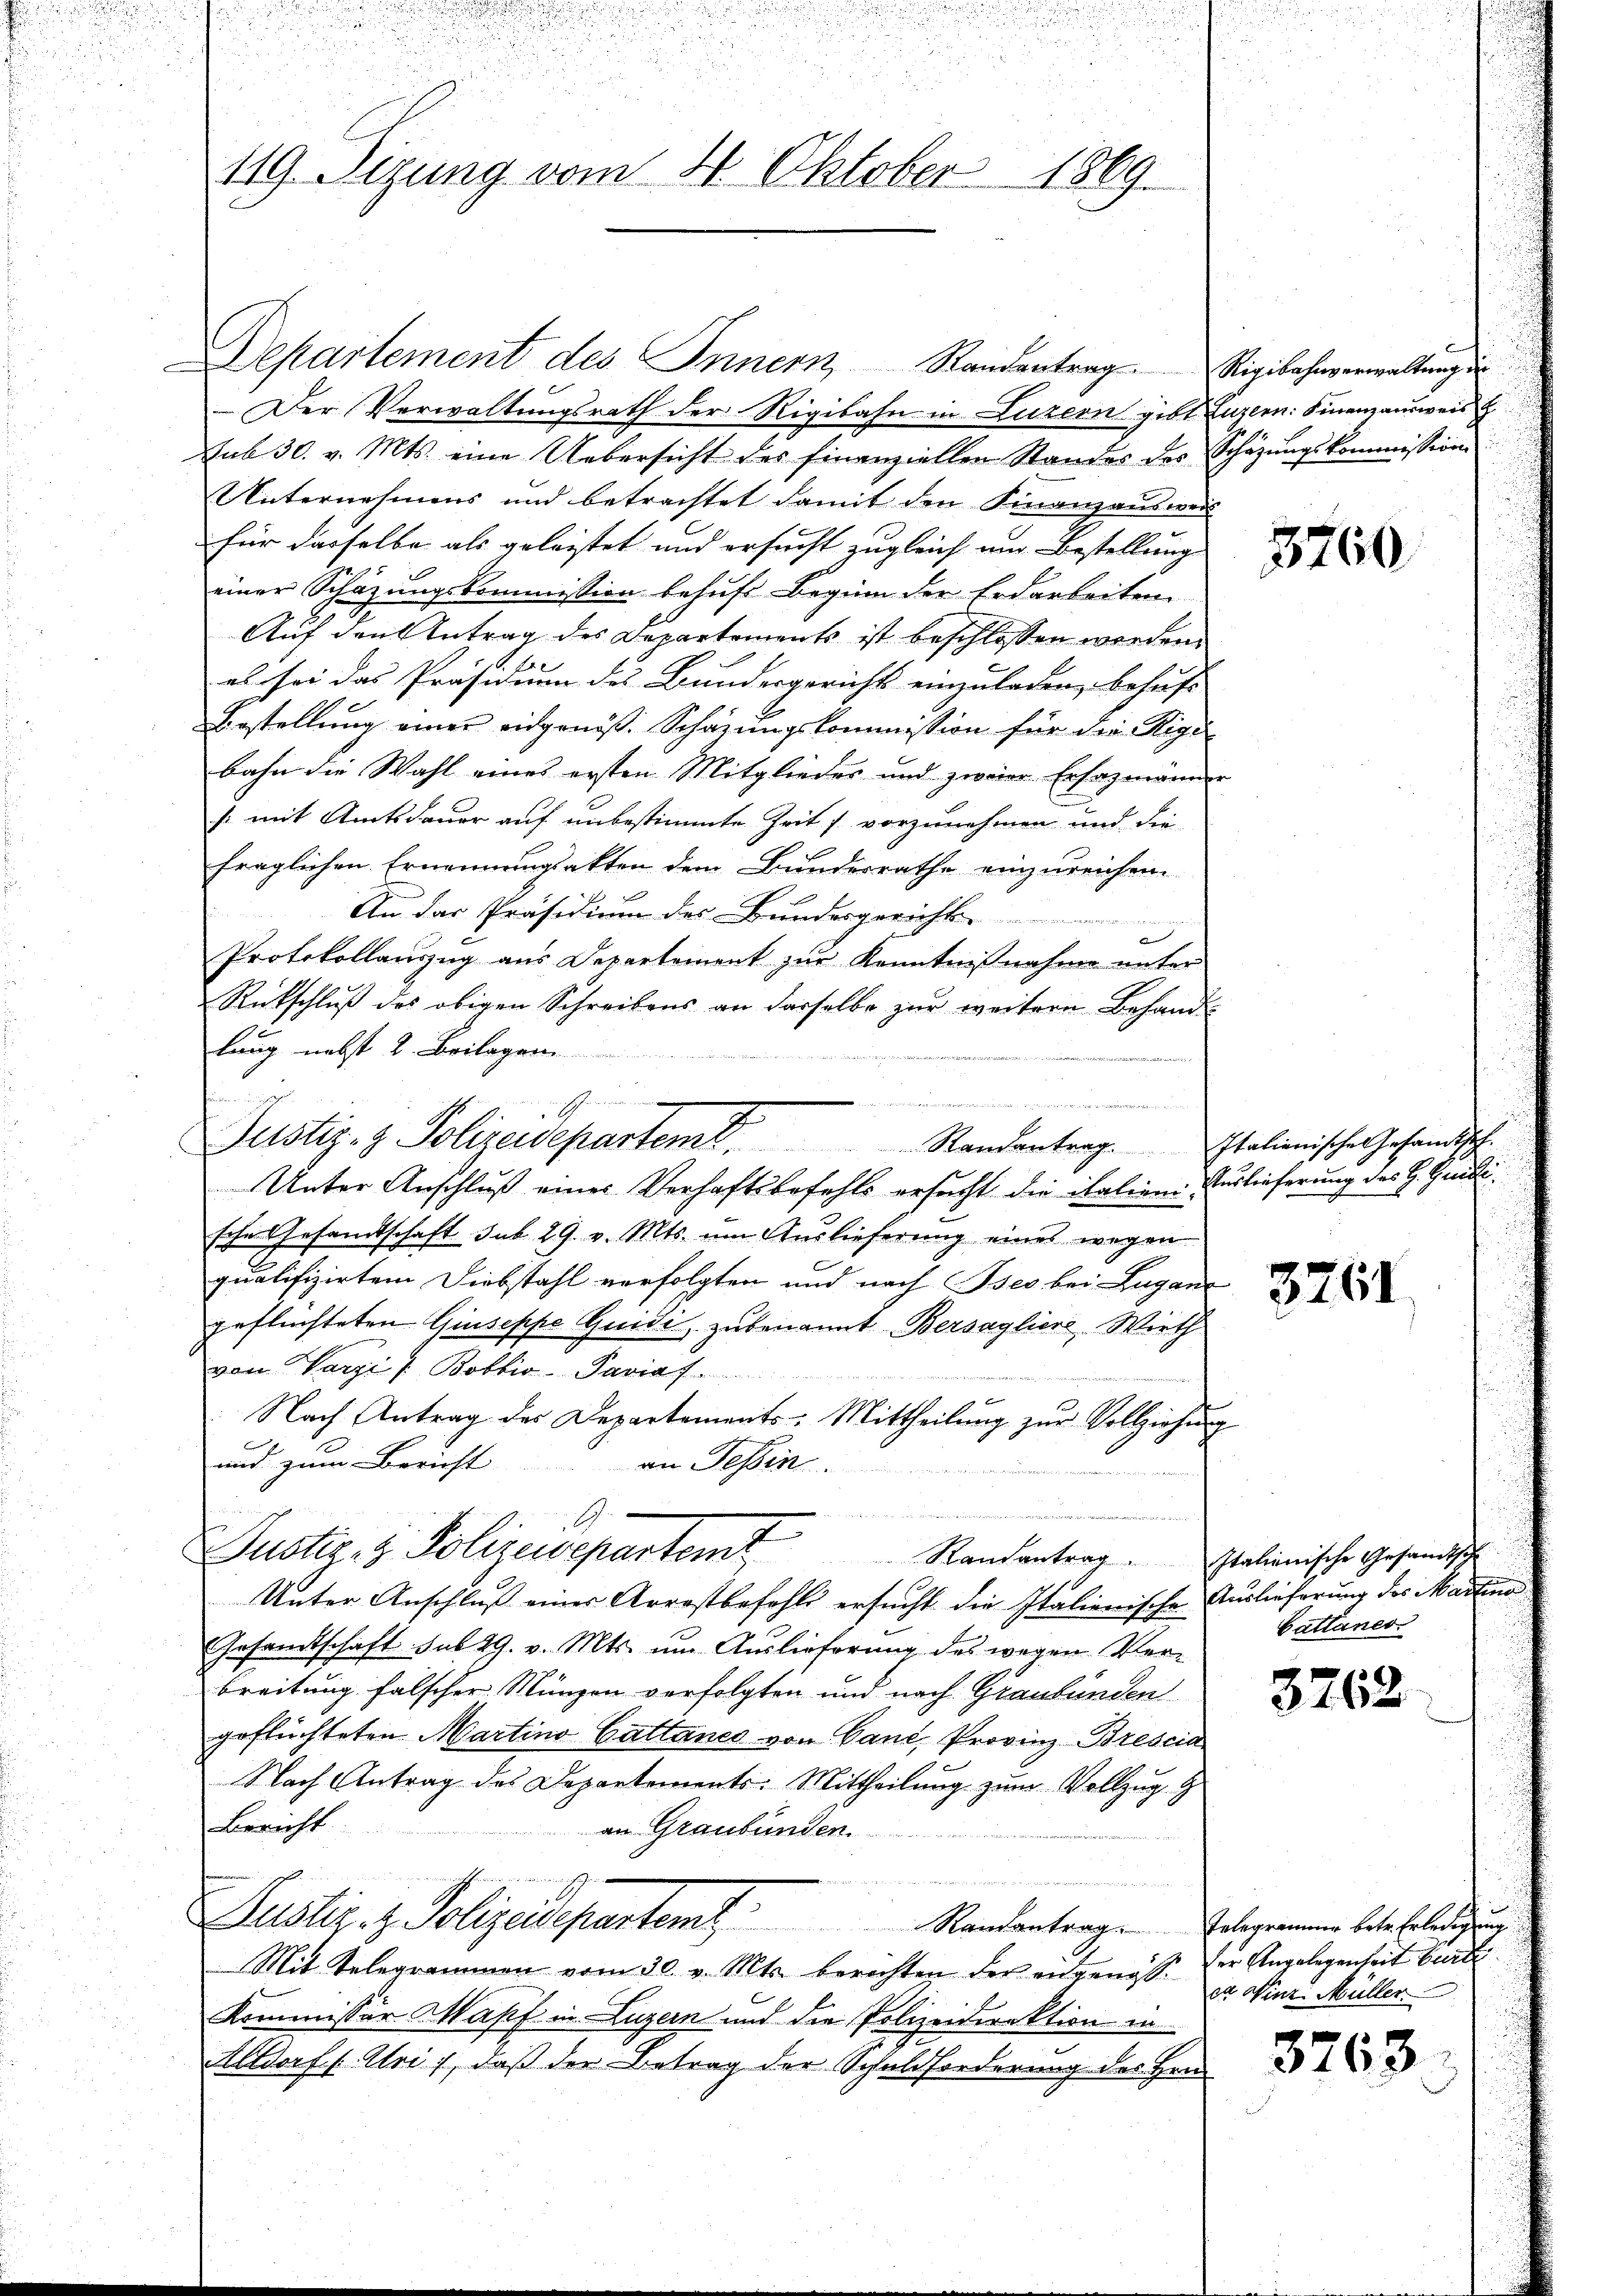
ihn und die in
d

i
119. Sizung vom 2. Oktober 1869.

Departement des Innern Randentrag. Rigibahnverwaltung in
Der Verwaltungsrath der Rigibahn in Luzern gibt Luzern: Finanzausweis
sub 30. v. Mts. eine Uebersicht des finanziellen Standes des Schäzungskommission
Unternehmens und betrachtet damit den Finanzauswei
für dasselbe als geleistet und ersucht zugleich und Bestellung
einer Schazungskommission behufs Beginn der Erdarbeiten
Auf den Antrag des Departements ist beschlossen werden.
es sei das Präsidium des Bundesgericht einzuladen, behufe
Bestellung einer eidgenöss. Schazungskommission für die Rigi-
bahn die Wahl eines ersten Mitglieder und zweier Ersazmänner
/: mit Amtsdauer auf unbestimmte Zeit s. vorzunehmen und die
fraglichen Ernennungsakten dem Bundesrathe einzureichen.
An das Präsidium des Bundesgericht
2
Protokollauszug aus Departement zur Kenntnißnahme unter
Rückschluß des obigen Schreibens an derselbe zur weitere Behandl
lung nebst 2. Beilagen.

Justiz- & Polizeidepartemb. Randantrag. Italienischen Gesandtsch.
Unter Anschluß eines Verhaftsbefehls ersucht die italien Auslieferung des H. Gendische Gesamtschaft sub 29. v. Mts. um Auslieferung eines wegen
qualifizirtem Diebstahl verfolgten und nach Bses bei Lugano
geflüchteten Giuseppe Quidi, zu benannt Bersaglier Wirth
von Vargi /: Bobbio-Pavia f
Nach Antrag des Departements-Mittheilŭng zŭr Vollziehung
und zum Bericht an Tessin.
m
e
Justiz- & Polizeidepartem Randantrag. Italienische Gesandtsch
Unter Anschluß einer Arrestbefehls ersucht die Italienische Auslieferung des Martins
Gesamtschaft sub 29. v. Mts. um Auslieferung des wegen Verbreitung falscher Münzen verfolgten und nach Graubünden
geflüchteten Martino Gattanes von Cand, Provinz-Brescia
Nach Antrag des Departements-Mittheilung zum Vollzug d
Bericht
an Graubünden.
Justiz, z. Polizei partamt
Mit Telegrammen vom 30. v. Mts. berechten der angenosse der Angelegenheit burdi
Kommissor Mapf in Luzern und die Polizeidirektion in
Altdorf (Uri), daß der Betrag der Schuldforderung des Her

2

5760

3261.

Battaner

3762

Rautantrag. Telegrammer betr. Erledigung
ea Winz. Müller

3763